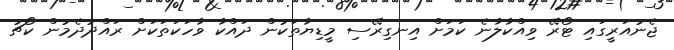
ޖެނުއަރީގައި ޓޯރޭ ވިއްކާލާނެ ކަމަށް އިނގިރޭސި މީޑިޔާތަކުން ދައްކާ ވާހަކަތަކަށް ރައްދުދެމުން ކޯޗު